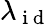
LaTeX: \lambda_{\mathrm{~i~d~}}